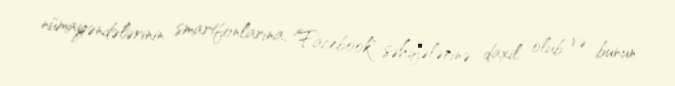
nümayəndələrinin smartfonlarına, "Facebook" səhifələrinə daxil olub və bunun